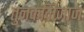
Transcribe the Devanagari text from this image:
तुनकमिजाज